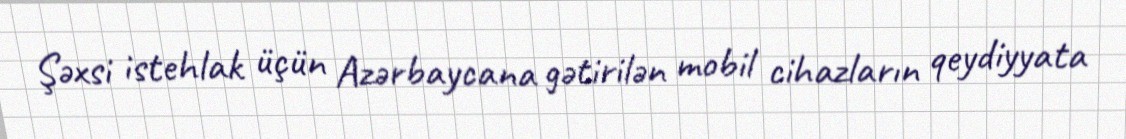
Şəxsi istehlak üçün Azərbaycana gətirilən mobil cihazların qeydiyyata